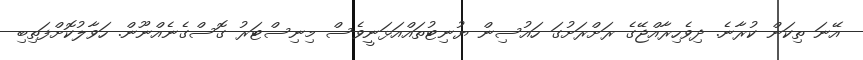
އޭނަ ތިކަން ކުރާނެ. ދިވެހިރާއްޖޭގެ ރަށްރަށުގަ ހައުސިން ޔުނިޓުތައްއަޅަނީވެސް މިނިސްޓަރު ގޮސްގެނެއްނޫން. ހަވާލުކޮށްފަތިބި